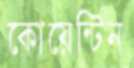
কোয়েন্টিন